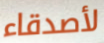
لأصدقاء